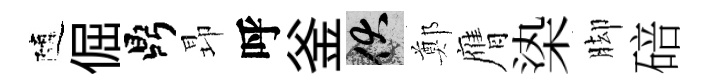
隨倔鼎昻呼釜伏鄭膺𣑱脚碚